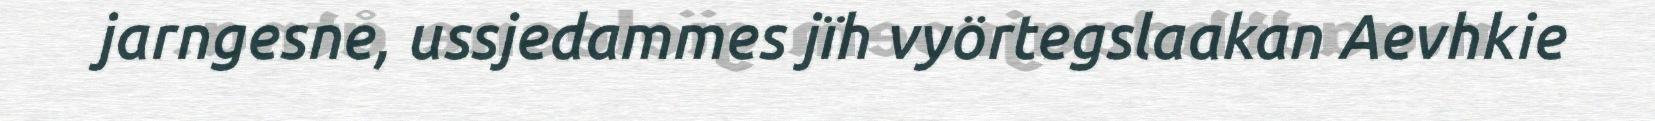
jarngesne, ussjedammes jïh vyörtegslaakan Aevhkie